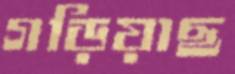
গড়িয়াছ